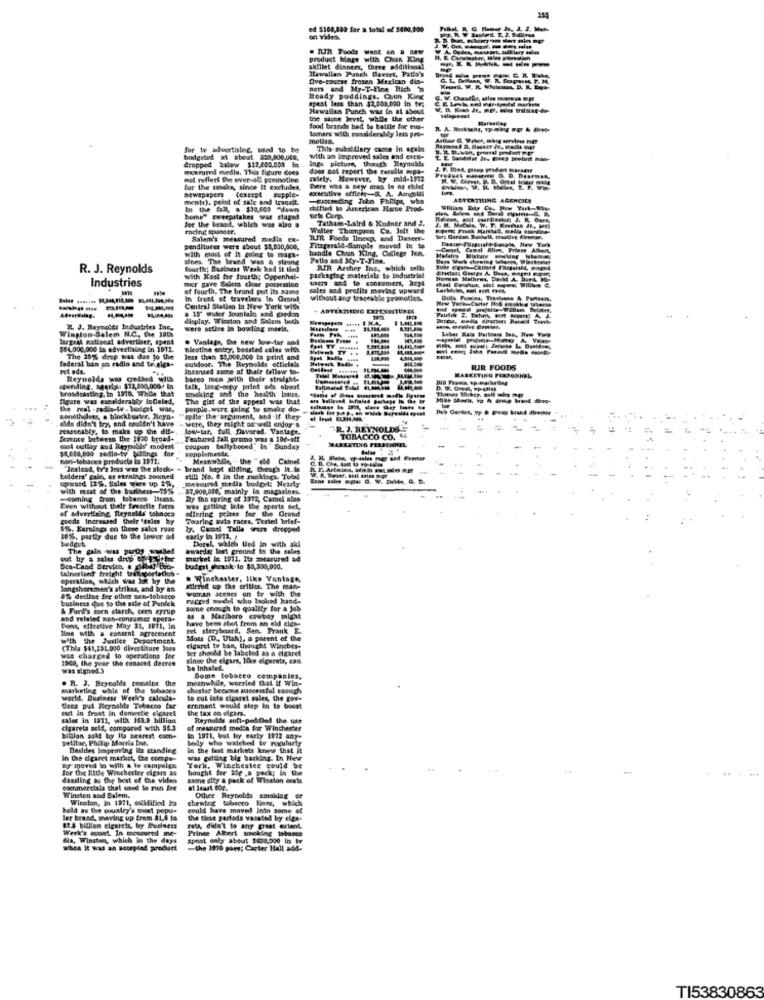
ed $108,809 for a total of 5400,000
an videa.
. TUR Foods want on a Bw
product binge with Chun King
----
skillet dinners, three additional
Hawalian Panch Davers, Patio's
five-course frozen Mexican din-
ners and My-T-Fine Rich W
Roady puddings, Chun King
spest less than $2,000,000 In tr.
Hawaiian Punch was in at About
the stone Jevel while the other
Sood brands had to batlle for eus-
loners with considerably lets pro-
for tv advertising, used to be
This-subsidiary came in scalo
budgeted 21 about 829,000,00m.
laps picture, though Reynolds
with an improved sales and ens-
dropped below $12,400.000 in
masured media, This figure dees
does not report the results wpa-
not reflect the ever-al premotien
zalety. However, by mid-1912
But the smoke, since It excludes.
newspapers (except supple-
Cere was a new mas Is as chief
executive officer-& A. Amgli
ments), point of sale and transit.
-sinceeding John Fhiltps, who
ADVERTISING AGENCIES
In the fall, a $30.005 -down
shifted lo American Harne Prod-
home" sweepstakes war staged
for the besad, which was also a
mets Corp.
Tatham-Laird & Kudner and 2.
W. T. Km
rolingt sponder.
Walter Thompson Co. Jett the
Salam's mescured media ex-
ILIR Foods lineup, and Dancer-
penditures were about $4,030,000,
handle Chun King, College Ien.
Fitzgerald-Sample moved in to
with most of it going to maga-
alnes. The teand was a strong
Patio and My-T-Fine.
Modales Misture
R. J. Reynolds
fourth; Business Week had it tied
RIR Arther Ine, which sell
Industries
with Kaal for fourth; Oppenhal-
mer gave Salem clear possessico
packaging materials to industrial
users and to consumer, kept
of fourth. The brand put its same
sales and profits moving uperard
In front of travelers In Grand
without ang traceable promotion.
Central Stalian In New York with
a 15' waber Sonlain and garden
ADTERTERDIG EXPENDITURES
display. Winston and Salem both
Winston-Salem N.C. the 195%
IL J. Reynolds Industries Inc.
were active In bowling ments,
largest national advertiser, spent
. Vanlage, Die new low-tar and
$84,000,000 la advertising in 1011.
Bleotine entry, boosted sales with
federal ban on radio and trialca-
The 15% drop was due to the
outdoor. The Reynolds officials
less than $5,000,000 la print and
rot ads.
Incaneed some of their fellow to-
RIR FOODS
Reynolds was celles with
baces mes wwith their straight.
MARKETING PERSONNEL
broadcasting. in 1970, While that
spending, Bearil: $12,810,000* In
talk, leeg-copy print ads about
smoking and the health lanuit.
figure was esalderably InCated,
The gist of the appeal was that
The real -radio-tv . bodcel was,
people.were. Esing to smalos de-
dide didn't try and couldn't have - were, they might as well endor &
Bonethiless, a blockbuster. Reyn-
"spite" the argument, and if they
FEMStAbly, Io make up the dif -,
low-tar. full flavored. Vantage,
.R. J. REYNOLDS -
fesince between the 1600 broad-
Festared fall promo pus a 100-341
MARKETING PERSONNEL
TOBACCO CO. 4
cast cutlay and Reypoids' modest
$5,600,000 vedlo-ty billings for
coupon tallybooed" In Sunday
supplemente.
Bon-tobacco products is 1971:
Meanwhile, the "eld Catnel
"Iralead, tv's loss var the slack- - brand kept silding, though It.de
kelders' gain, as etraines zoomed
upward 125, Sales were up 15.
measured medla budget: Nearly
still No. 8 in the rankinga. Tobal
with most of the business-15%
.. 87,000,000, mainly in magazines.
coming from tobanco Itemss.
Dy the spring of 1972, Camel also
Even without their favorite form
of advertising Reynolds tobacco
offering peixes for the Grand
Was getting inte the sports sel,
goods Increased their sales by
Touring auto races, Tested brief-
5%. Earnings on these sales ruas
ly. Camel Talle ware dropped
16%, partly due to the lower ad
bedgut
Doral, which ted in with sil
The gain was pargas walled
wwardat lact ground in the sales
out by a sales drup are iohne
market le. 1911. Its measured ad
Sea-Land Service,
tainerized freight transportallah .
budget_shrank-lo $5,300,000.
operation, which was hit by the
. Winchester, like Vantage
longshoremen's strikss, and by an
woman scram on tr with the
stirred up the eritles. The man-
business due to the sale of Panlek
8% deellae fee other non-tobacco
rucred wadel who looked hand-
& Ford's corn starch, corn syrup
some enough to qualify for a job
and related won-consumer opera-
have been alot from an old elig
M a Marlboro cowboy might
Dons, effective May 31, 1971, In
line With a concent agreement
ret sleryboard, Sen. Frank E.
with the Justice Department
Mors (D ., Utah), a parent of the
(This $41,151,000 divertiture Jess
ter should be labeled as a cigaret
cigaret ty ban, thought Winches-
was charged to operations for
1309, the pver the conscet deeren
since the cigar, like elcarets, can
was signed )
be Inhaled.
. R. J. Reynolds remains the
meanwhile, worried that if Win-
Some tobacco companies,
marketing whis of the tobacco
chester became successful enough
world. Business Week's calculs-
to cut into cigaret sales, the gov-
Becs put Reynolds Tobacco far
dust in front In domestic eigaret
ernment would step In to boost
the tax on cigars.
ENlos in 1971, with 163.9 billion
Reynolds soft-peddled the use
cigarets sold, compared with 55.3
of measured media for Winchester
billon, sold by Its nearest com-
petitor, Philip Morris Int.
in 1971, but by early 1972 any-
body who watched W regularly
Besides Improving its standing
in the test markets knew that it
In the dearet market, the comps-
was getting biz backdas. In New
Ig moved in with a ty campelos
for the little Winchester cigars as
York, Winchester could be
bought for Sse ,a pack; In the
dassling as the best of the video
same city a pack of Winston erats
Winston and Salem.
commerelata that used lo run for
Winston, in 1971, solidified Jen
chewing toboro lins, which
Other Reynolds smoking or
held as the country's most popu-
could have moved Into some of
ler brand, moving up from 81,4 ja
the tirse periods vacated by ciga-
82.8 billien elgerets, by Business
Week's econt. In measured me-
rets, didn't to any great extent.
Prince Albert smoking tobacco
Ma, Winsten, which in the days
spent enly about $850,200 In tv
when it was an scorpled product
the 1910 pare; Carter Hall add-
TI53830863